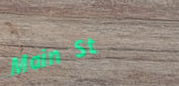
Main St